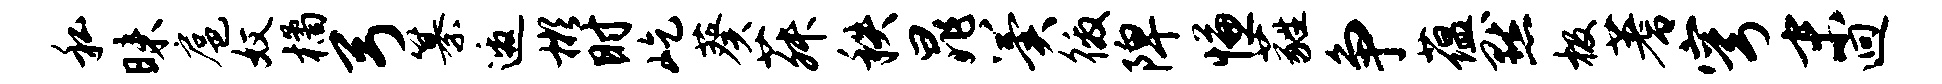
私昧扈奴橘弓纂邀彬时屹葵菽秩晁翼徼陴慊蕤争蕴默极蓍穹末迥